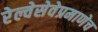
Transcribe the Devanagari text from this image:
रेल्वेसेवेप्रमाणेच